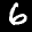
Label: 6